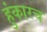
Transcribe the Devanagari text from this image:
हुंकारच